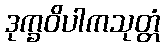
ဒုက္ခဝိပါကသုတ္တံ